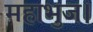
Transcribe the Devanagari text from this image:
महाभुज।